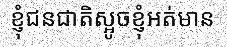
ខ្ញុំជនជាតិស្អូចខ្ញុំអត់មាន